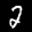
Label: 2